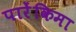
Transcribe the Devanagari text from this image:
पारेंकिमा